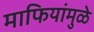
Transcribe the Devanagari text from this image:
माफियांमुळे